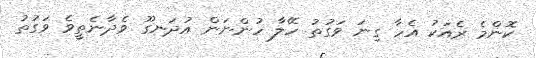
ކޮންމެ ރެއަކު އެހާ ގިނަ ވަގުތު ހޭލާ ހުންނަން އުދަނގޫ ވެދާނެތީވެ ވަގުތު